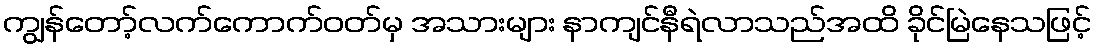
ကျွန်တော့်လက်ကောက်ဝတ်မှ အသားများ နာကျင်နီရဲလာသည်အထိ ခိုင်မြဲနေသဖြင့်